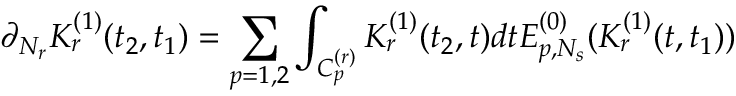
\partial _ { N _ { r } } K _ { r } ^ { ( 1 ) } ( t _ { 2 } , t _ { 1 } ) = \sum _ { p = 1 , 2 } \int _ { C _ { p } ^ { ( r ) } } K _ { r } ^ { ( 1 ) } ( t _ { 2 } , t ) d t E _ { p , N _ { s } } ^ { ( 0 ) } ( K _ { r } ^ { ( 1 ) } ( t , t _ { 1 } ) )